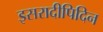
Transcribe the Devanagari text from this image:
इसरादीपिदिन